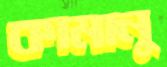
কামানু